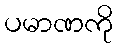
ပမာဏကို